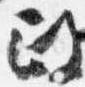
政